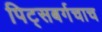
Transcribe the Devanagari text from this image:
पिट्सबर्गचाच